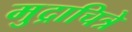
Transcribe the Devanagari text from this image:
मुद्राचित्रे